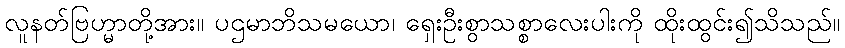
လူနတ်ဗြဟ္မာတို့အား။ ပဌမာဘိသမယော၊ ရှေးဦးစွာသစ္စာလေးပါးကို ထိုးထွင်း၍သိသည်။